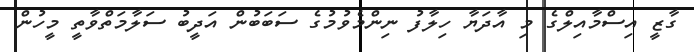
ގާޒީ އިސްމާއިލްގެ މި އާދަޔާ ހިލާފު ނިންމެވުމުގެ ސަބަބުން އަދީބު ސަލާމަތްވާތީ މީހުން